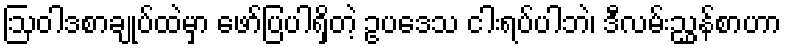
ဩဝါဒစာချုပ်ထဲမှာ ဖော်ပြပါရှိတဲ့ ဥပဒေသ ငါးရပ်ပါဘဲ၊ ဒီလမ်းညွှန်စာဟာ